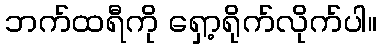
ဘက်ထရီကို ရှော့ရိုက်လိုက်ပါ။